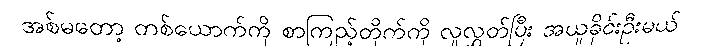
အစ်မတော့ တစ်ယောက်ကို စာကြည့်တိုက်ကို လူလွှတ်ပြီး အယူခိုင်းဦးမယ်